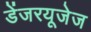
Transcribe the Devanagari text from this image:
डेंजरयूजेज